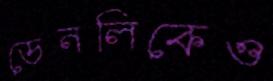
ডেনলিকেও